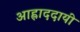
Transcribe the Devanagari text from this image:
आह्लाददायी